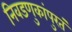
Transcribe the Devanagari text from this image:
निवडणुकांपुरतं